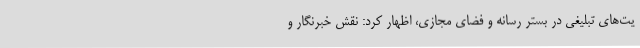
یت‌های تبلیغی در بستر رسانه و فضای مجازی، اظهار کرد: نقش خبرنگار و